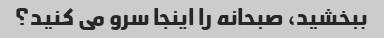
ببخشید، صبحانه را اینجا سرو می کنید؟